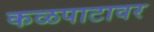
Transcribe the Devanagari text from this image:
कळपाटावर